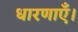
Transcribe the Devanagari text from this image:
धारणाएँ।